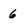
Character: 6